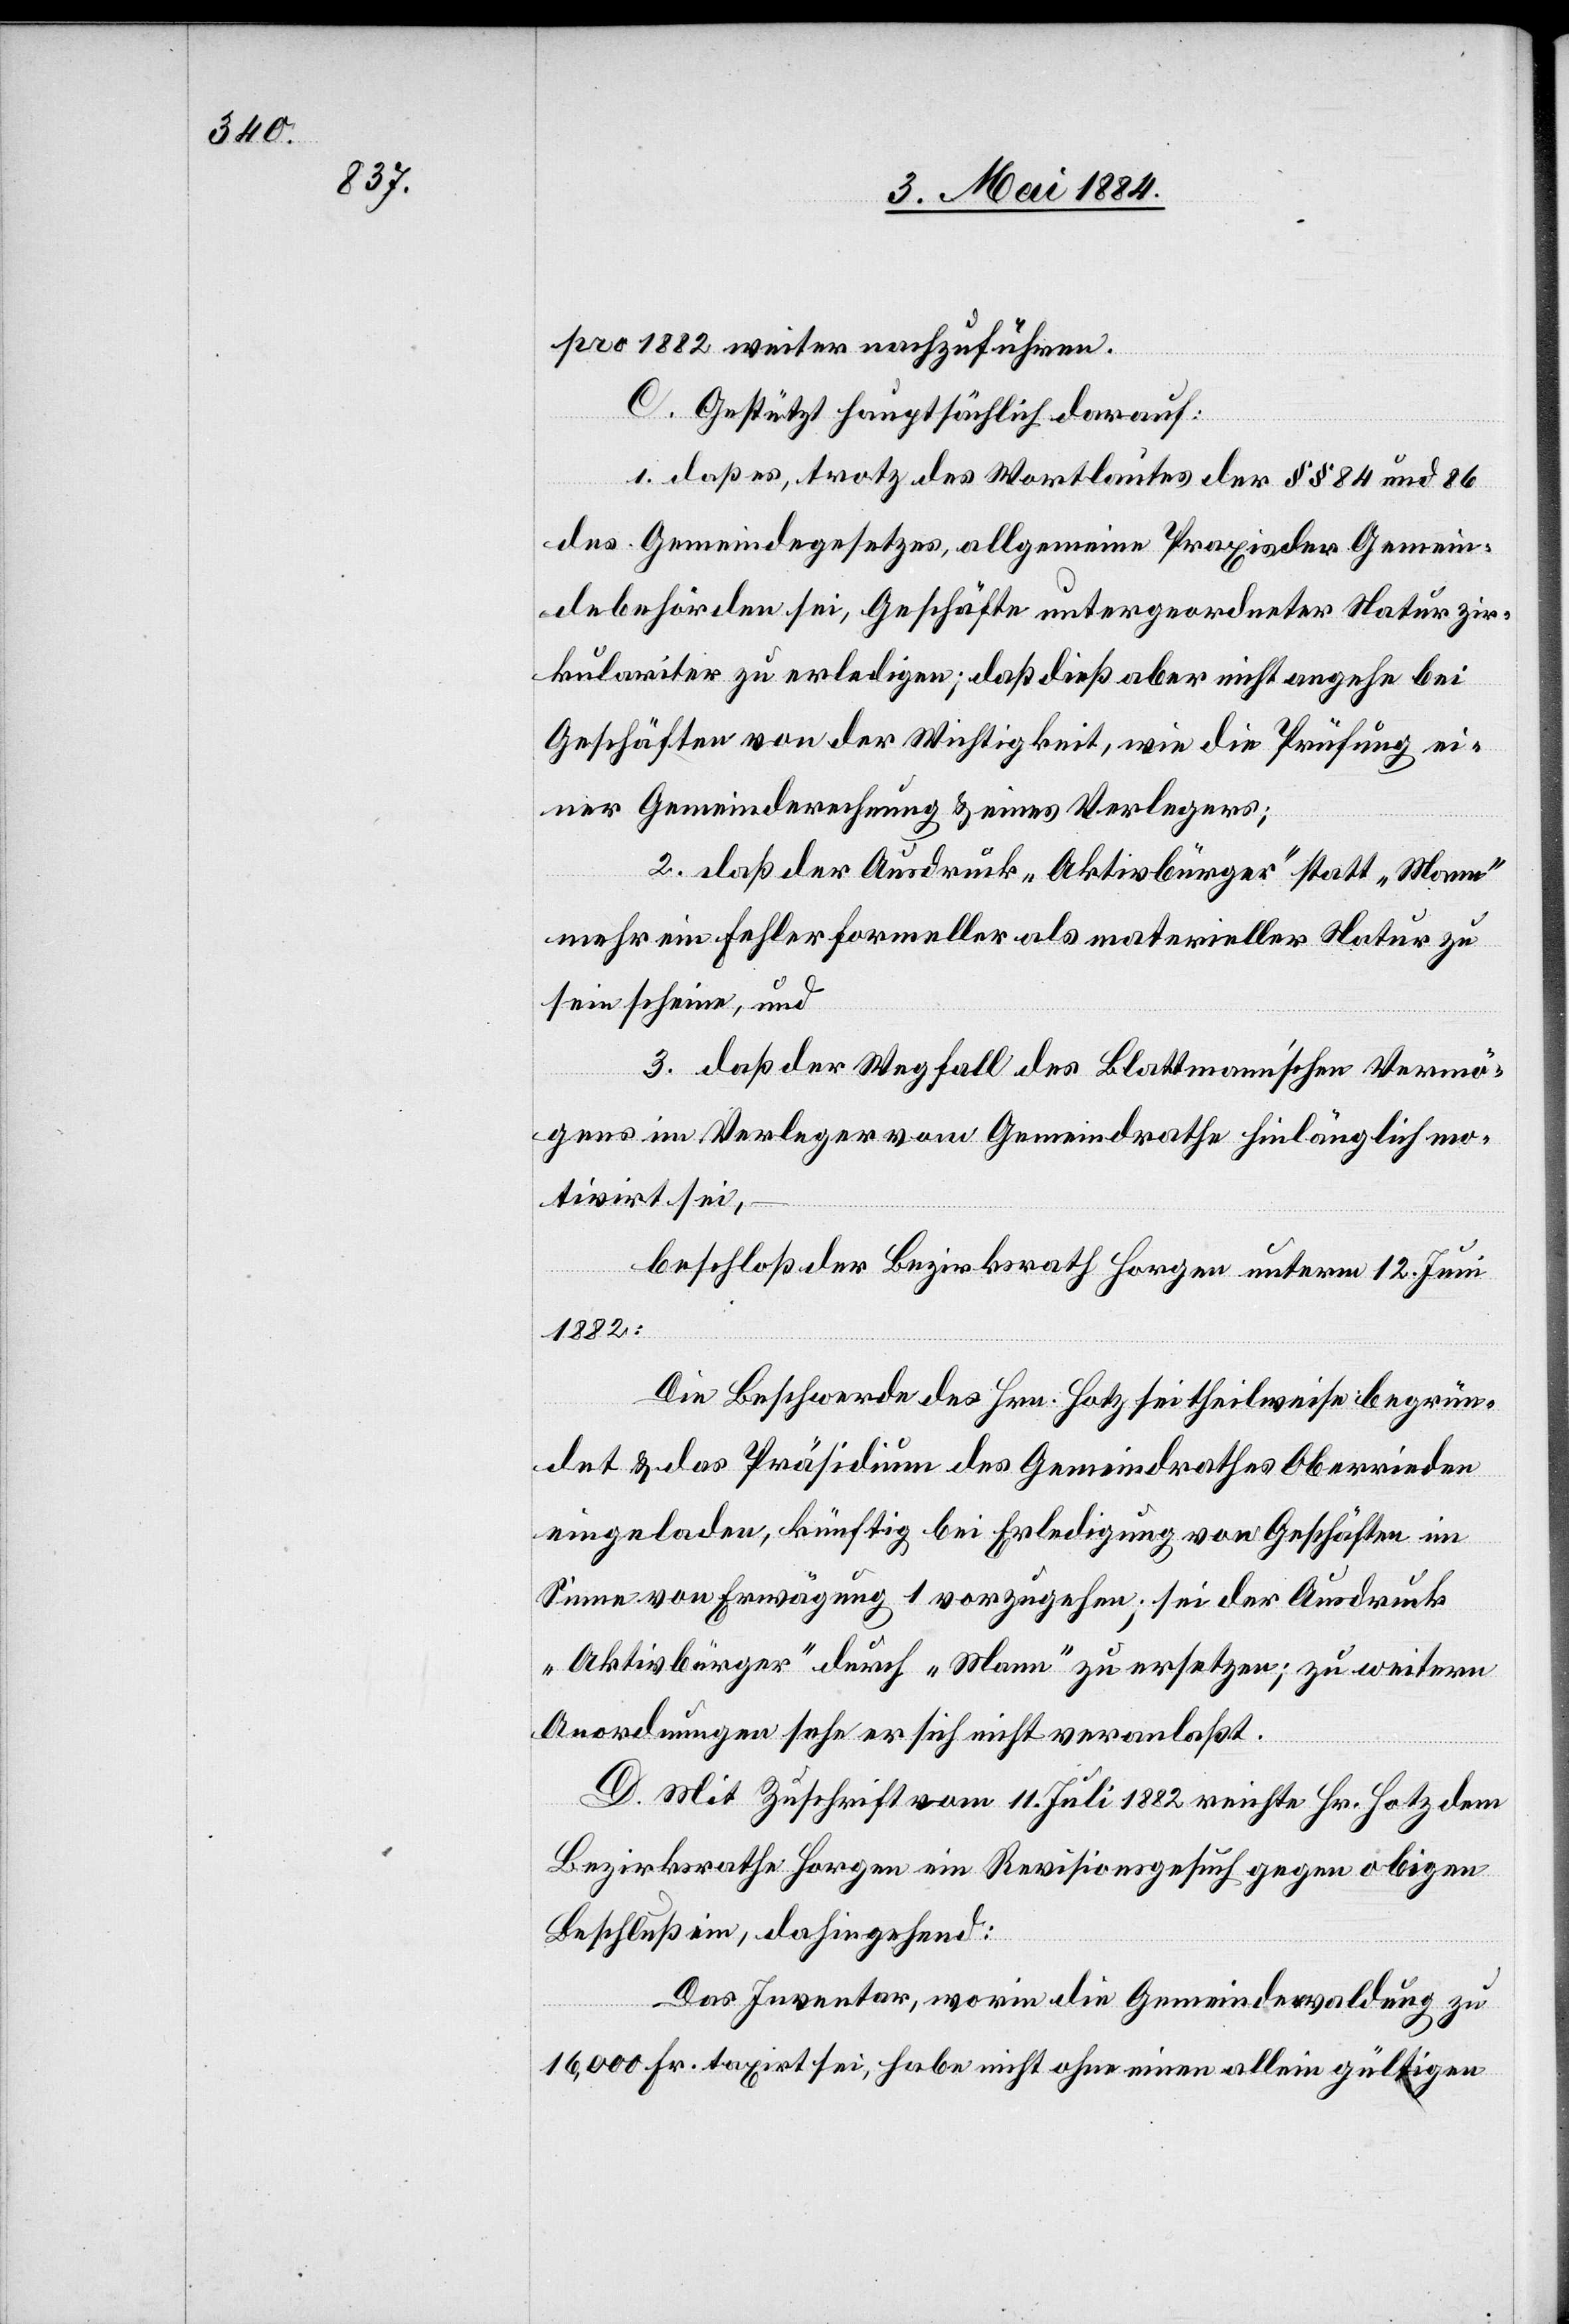
pro 1882 weiter nachzuführen.
C. Gestützt hauptsächlich darauf:
1. daß es, trotz des Wortlautes der §§ 84 und 86
des Gemeindegesetzes allgemeine Praxis der Gemein¬
debehörden sei, Geschäfte untergeordneter Natur zir¬
kulariter zu erledigen; daß dieß aber nicht angehe bei
Geschäften von der Wichtigkeit, wie die Prüfung ei¬
ner Gemeinderechnung & eines Verlegers;
2. daß der Ausdruck „Aktivbürger“ statt „Mann“
mehr ein Fehler formeller als materieller Natur zu
sein scheine, und
3. daß der Wegfall des Blattmann’schen Vermö¬
gens im Verleger von Gemeindrathe hinlänglich mo¬
tivirt sei,
beschloß der Bezirksrath Horgen unterm 12. Juni
1882:
Die Beschwerde des Hrn. Hotz sei theilweise begrün¬
det & das Präsidium des Gemeindrathes Oberrieden
eingeladen, künftig bei Erledigung von Geschäften im
Sinne von Erwägung 1 vorzugehen; sei der Ausdruck
„Aktivbürger“ durch „Mann“ zu ersetzen; zu weitern
Anordnungen sehe er sich nicht veranlaßt.
D. Mit Zuschrift vom 11. Juli 1882 reichte Hr. Hotz dem
Bezirksrathe Horgen ein Revisionsgesuch gegen obigen
Beschluß ein, dahingehend:
Das Inventar, worin die Gemeindewaldung zu
16,000 Fr. taxirt sei, habe nicht ohne einen allein gültigen